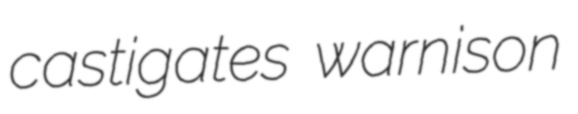
castigates warnison